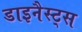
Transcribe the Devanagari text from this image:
डाइनैस्ट्स